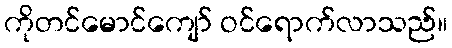
ကိုတင်မောင်ကျော် ဝင်ရောက်လာသည်။